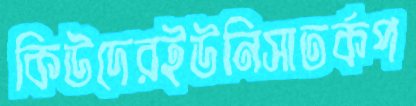
কিউদেরইউনিসাতর্কপ